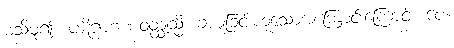
မသိမူ၍။ ပဋိဂ္ဂဟဏဝတ္ထုသ္မိ၊ ခံယူခြင်းဟူသောအကြောင်းကြောင့်။ ပေ။